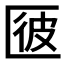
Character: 𠥌